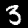
Digit: 3